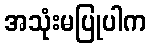
အသုံးမပြုပါက